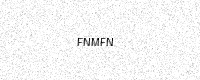
Text: FNMFN